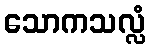
သောကသလ္လံ